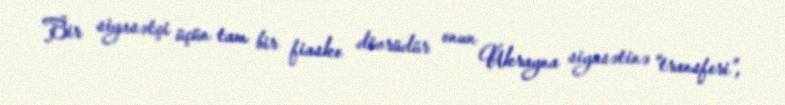
Bir siyasətçi üçün tam bir fiasko dövrüdür onun Ukrayna siyasətinə “transferi”,